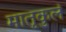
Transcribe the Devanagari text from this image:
मातृकुलं